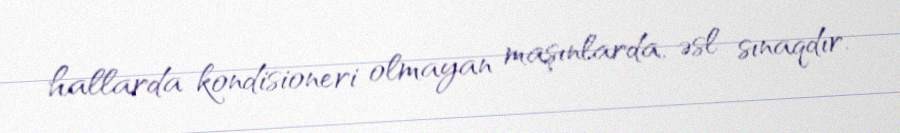
hallarda kondisioneri olmayan maşınlarda, əsl sınaqdır.